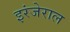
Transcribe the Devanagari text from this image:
इरंजेराल